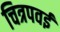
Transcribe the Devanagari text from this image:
चित्रपवई